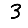
Digit: 3